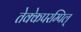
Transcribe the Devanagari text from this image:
तेक्केपरम्पिल्